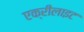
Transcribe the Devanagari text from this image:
एक्रीलाइट